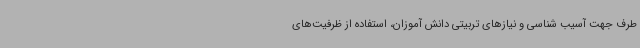
طرف جهت آسیب شناسی و نیازهای تربیتی دانش آموزان، استفاده از ظرفیت‌های